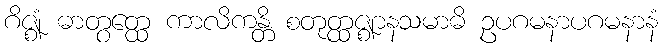
ဂိဇ္ဈံ ဓာတွတ္ထေ ကာလိကန္တိ စတုတ္ထဇ္ဈာနသမာဓိ ဥပဂမနာပဂမနာနံ